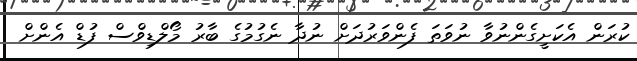
ކުރަން އެކަށީގެންނުވާ ނުވަތަ ފެންވަރުދަށް ނުދާ ނެގުމުގެ ބާރު މޯލްޑިވްސް ފުޑް އެންށް